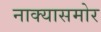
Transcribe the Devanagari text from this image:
नाक्‍यासमोर